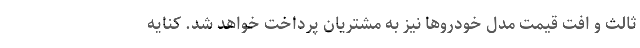
ثالث و افت قیمت مدل خودروها نیز به مشتریان پرداخت خواهد شد. کنایه